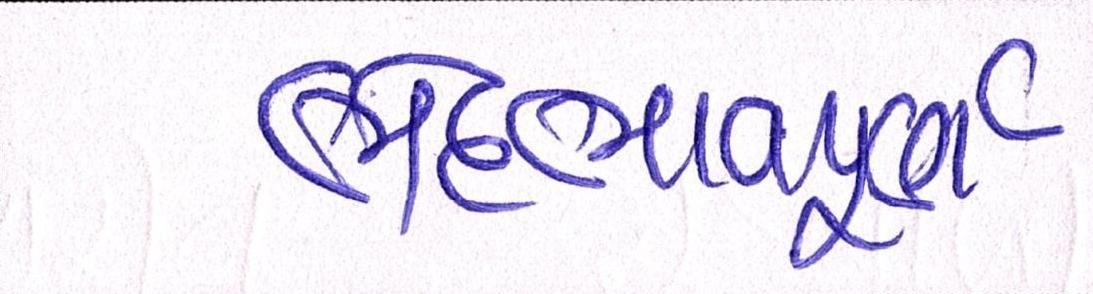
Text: ભેદભાવપૂર્ણ